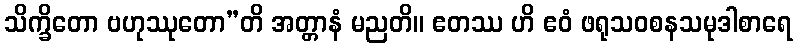
သိက္ခိတော ဗဟုဿုတော”တိ အတ္တာနံ မညတိ။ ဧတဿ ဟိ ဧဝံ ဖရုသဝစနသမုဒါစာရေ